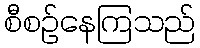
စီစဉ်နေကြသည်